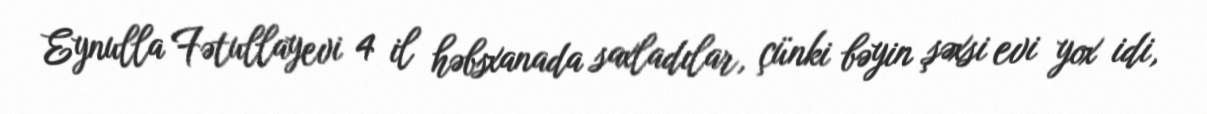
Eynulla Fətullayevi 4 il həbsxanada saxladılar, çünki bəyin şəxsi evi yox idi,